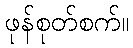
ဖုန်စုတ်စက်။